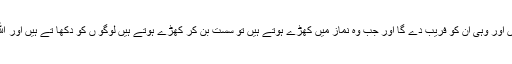
منافق الله کو فریب دیتے ہیں اور وہی ان کو فریب دے گا اور جب وہ نماز میں کھڑے ہوتے ہیں تو سست بن کر کھڑے ہوتے ہیں لوگو ں کو دکھا تے ہیں اور الله کو بہت کم یاد کرتے ہیں۔